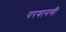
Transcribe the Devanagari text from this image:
परवानगी